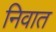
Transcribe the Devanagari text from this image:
निवात